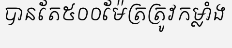
បានតែ៥០០ម៉ែត្រត្រូវកម្លាំង